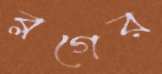
ব্লগের